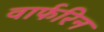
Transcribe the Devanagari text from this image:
वार्फरिन